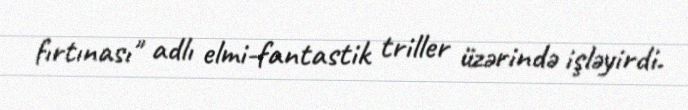
fırtınası" adlı elmi-fantastik triller üzərində işləyirdi.